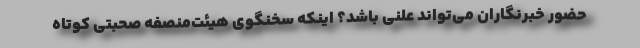
حضور خبرنگاران می‌تواند علنی باشد؟ اینکه سخنگوی هیئت‌منصفه صحبتی کوتاه